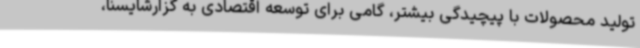
تولید محصولات با پیچیدگی بیشتر، گامی برای توسعه اقتصادی به گزارشایسنا،